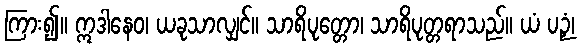
ကြား၍။ ဣဒါနေဝ၊ ယခုသာလျှင်။ သာရိပုတ္တော၊ သာရိပုတ္တရာသည်။ ယံ ပဉှံ၊